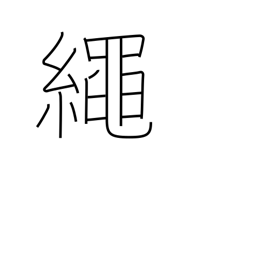
Meaning: cord